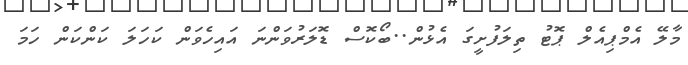
މާލޭ އެމްޕިއެލް ޕޮޓު ތިލަފުށީގަ އެޅުން..ބޯކޮސް ޑޮލަރުވަންނަ އައިހެވަން ކަހަލަ ކަންކަން ހަމަ